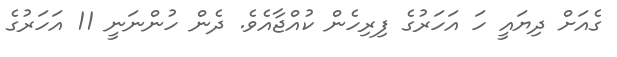
ގެއަށް ދިޔައީ ހަ އަހަރުގެ ފިރިހެން ކުއްޖާއެވެ. ދެން ހުންނަނީ 11 އަހަރުގެ